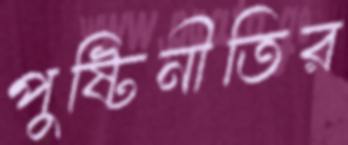
পুষ্টিনীতির